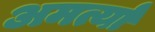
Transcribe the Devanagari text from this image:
अमर्त्या